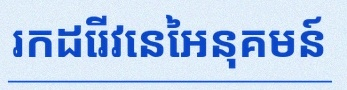
រកដេរីវេនៃអនុគមន៍